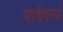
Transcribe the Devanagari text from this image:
साईवर्ल्ड